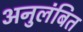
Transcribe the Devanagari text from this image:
अनुलंबित